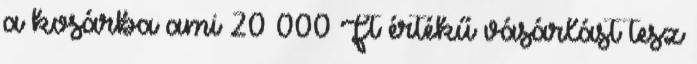
a kosárba ami 20 000 Ft értékű vásárlást tesz